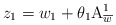
\begin{align*}z_{1}=w_{1}+\theta _{1}\mathrm{A}_{\overline{w}}^{1}\end{align*}